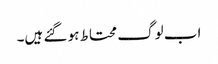
اب لوگ محتاط ہو گئے ہیں۔